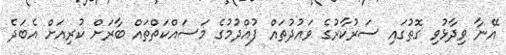
އޭނާ ވިދާޅުވި ގޮތުގައި ސަރުކާރުގެ ވައުދުތައް ފުއްދުމުގެ މަސައްކަތްތައް ބާރަށް ކުރިއަށް އެބަދެ